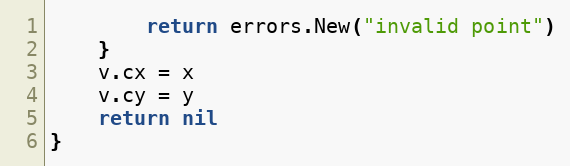
Language: Go
		return errors.New("invalid point")
	}
	v.cx = x
	v.cy = y
	return nil
}